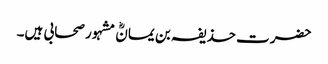
حضرت حذیفہ بن یمانؓ مشہور صحابی ہیں۔